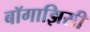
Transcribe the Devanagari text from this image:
बॉगाझिसी